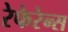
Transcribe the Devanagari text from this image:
रेफेरेन्स